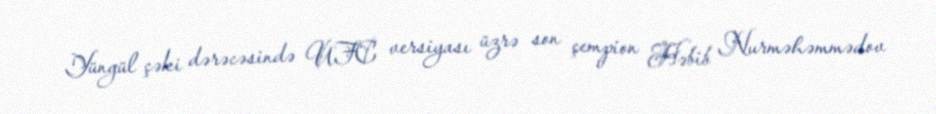
Yüngül çəki dərəcəsində UFC versiyası üzrə son çempion Həbib Nurməhəmmədov